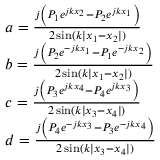
\begin{array} { r l } & { a = \frac { j \left( P _ { 1 } e ^ { j k x _ { 2 } } - P _ { 2 } e ^ { j k x _ { 1 } } \right) } { 2 \sin ( k | x _ { 1 } - x _ { 2 } | ) } } \\ & { b = \frac { j \left( P _ { 2 } e ^ { - j k x _ { 1 } } - P _ { 1 } e ^ { - j k x _ { 2 } } \right) } { 2 \sin ( k | x _ { 1 } - x _ { 2 } | ) } } \\ & { c = \frac { j \left( P _ { 3 } e ^ { j k x _ { 4 } } - P _ { 4 } e ^ { j k x _ { 3 } } \right) } { 2 \sin ( k | x _ { 3 } - x _ { 4 } | ) } } \\ & { d = \frac { j \left( P _ { 4 } e ^ { - j k x _ { 3 } } - P _ { 3 } e ^ { - j k x _ { 4 } } \right) } { 2 \sin ( k | x _ { 3 } - x _ { 4 } | ) } } \end{array}